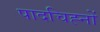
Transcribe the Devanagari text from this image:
पादचिह्नों